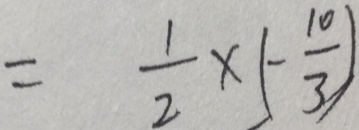
= \frac { 1 } { 2 } \times ( - \frac { 1 0 } { 3 } )